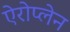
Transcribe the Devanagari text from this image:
ऐरोप्लेन